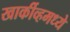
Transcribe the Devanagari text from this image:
खार्कीव्हमध्ये